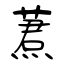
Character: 蔒